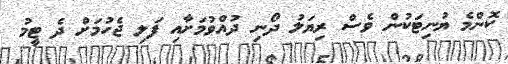
ކޮންމެ ޔުނިޓަކުން ވެސް ރިޔަލު ދޯނި ދުއްވުމަށާއި ފަލި ޖެހުމަށް ދެ ޓީމު